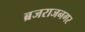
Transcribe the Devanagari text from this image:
ब्रजराजनगर